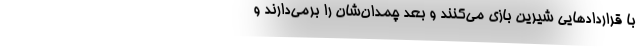
با قراردادهایی شیرین بازی می‌کنند و بعد چمدان‌شان را برمی‌دارند و